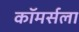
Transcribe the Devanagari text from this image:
कॉमर्सला